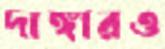
দাঙ্গারও